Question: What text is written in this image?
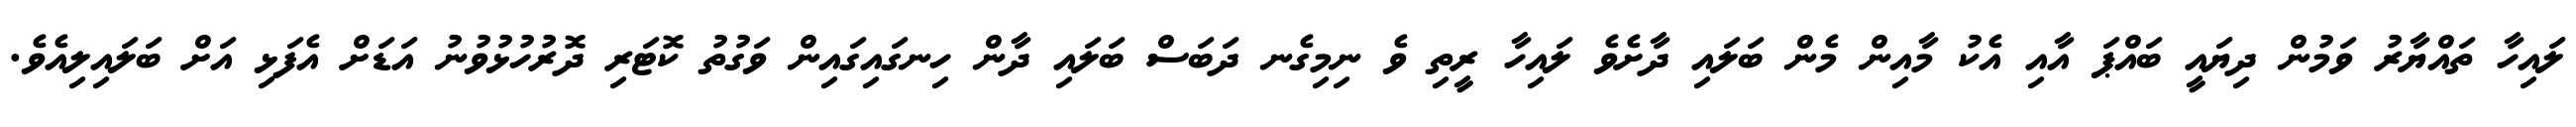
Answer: ލައިހާ ތައްޔާރު ވަމުން ދިޔައީ ބައްޕަ އާއި އެކު މާއިން މެން ބަލައި ދާށެވެ ލައިހާ ރީތި ވެ ނިމިގެނ ދަބަސް ބަލައި ދާން ހިނގައިގައިން ވަގުތު ކޮޓަރި ދޮރުހުޅުވުނު އަޑަށް އެފަޅި އަށް ބަލައިލިއެވެ.